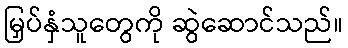
မြှပ်နှံသူတွေကို ဆွဲဆောင်သည်။